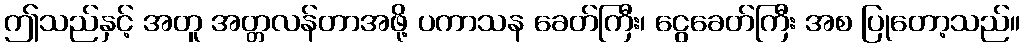
ဤသည်နှင့် အတူ အတ္တလန်တာအဖို့ ပကာသန ခေတ်ကြီး၊ ငွေခေတ်ကြီး အစ ပြုတော့သည်။